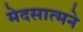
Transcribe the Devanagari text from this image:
मेदसात्मने